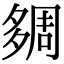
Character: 㚋